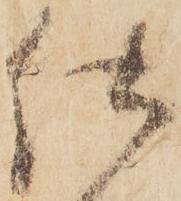
仕